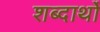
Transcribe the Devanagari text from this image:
शब्दार्थो